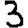
Digit: 3